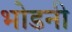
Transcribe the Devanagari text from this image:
भोडनी